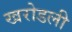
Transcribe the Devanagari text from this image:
खरोडली